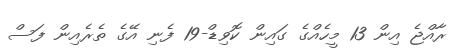
ރާއްޖެ އިން 13 މީހެއްގެ ގައިން ކޮވިޑް-19 ފެނި އޭގެ ތެރެއިން ފަސް